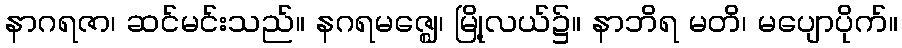
နာဂရဇာ၊ ဆင်မင်းသည်။ နဂရမဇ္ဈေ၊ မြို့လယ်၌။ နာဘိရ မတိ၊ မပျောပိုက်။